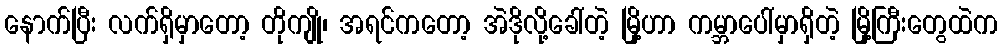
နောက်ပြီး လက်ရှိမှာတော့ တိုကျို၊ အရင်ကတော့ အဲဒိုလို့ခေါ်တဲ့ မြို့ဟာ ကမ္ဘာပေါ်မှာရှိတဲ့ မြို့ကြီးတွေထဲက